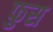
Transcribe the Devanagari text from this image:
फुस